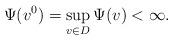
LaTeX: \begin{align*}\Psi(v^0)=\sup_{v\in D}\Psi(v)<\infty. \end{align*}